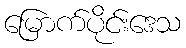
မြောက်ပိုင်းဒေသ